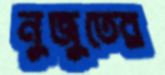
নুজুতের